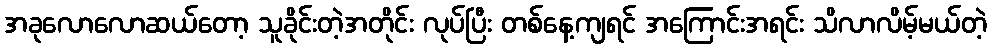
အခုလောလောဆယ်တော့ သူခိုင်းတဲ့အတိုင်း လုပ်ပြီး တစ်နေ့ကျရင် အကြောင်းအရင်း သိလာလိမ့်မယ်တဲ့